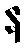
န